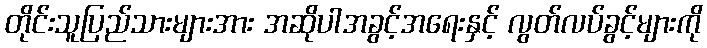
တိုင်းသူပြည်သားများအား အဆိုပါအခွင့်အရေးနှင့် လွတ်လပ်ခွင့်များကို